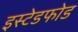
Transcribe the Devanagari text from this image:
इस्टेडफोड